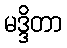
မဒ္ဒိတာ